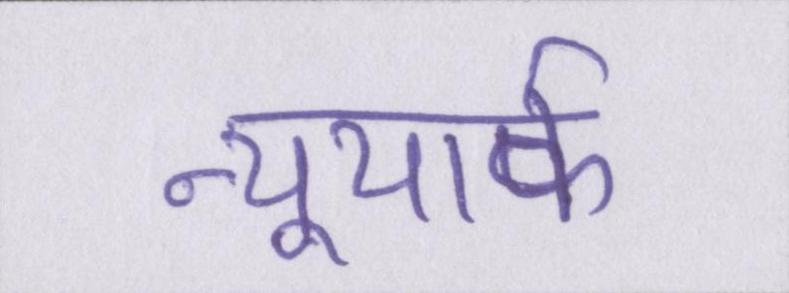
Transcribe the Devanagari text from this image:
न्यूयार्क